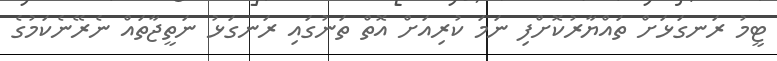
ޓީމު ރަނގަޅަށް ތައްޔާރުކޮށްފި ނަމަ ކުރިއަށް އޮތް ތަނުގައި ރަނގަޅު ނަތީޖާތައް ނެރޭނެކަމުގެ